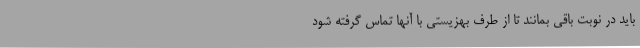
باید در نوبت باقی بمانند تا از طرف بهزیستی با آنها تماس گرفته شود